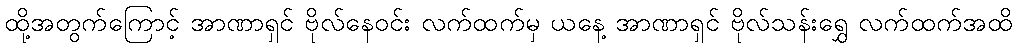
ထို့အတွက်ကြောင့် အာဏာရှင် ဗိုလ်နေဝင်း လက်ထက်မှ ယနေ့ အာဏာရှင် ဗိုလ်သန်းရွှေ လက်ထက်အထိ